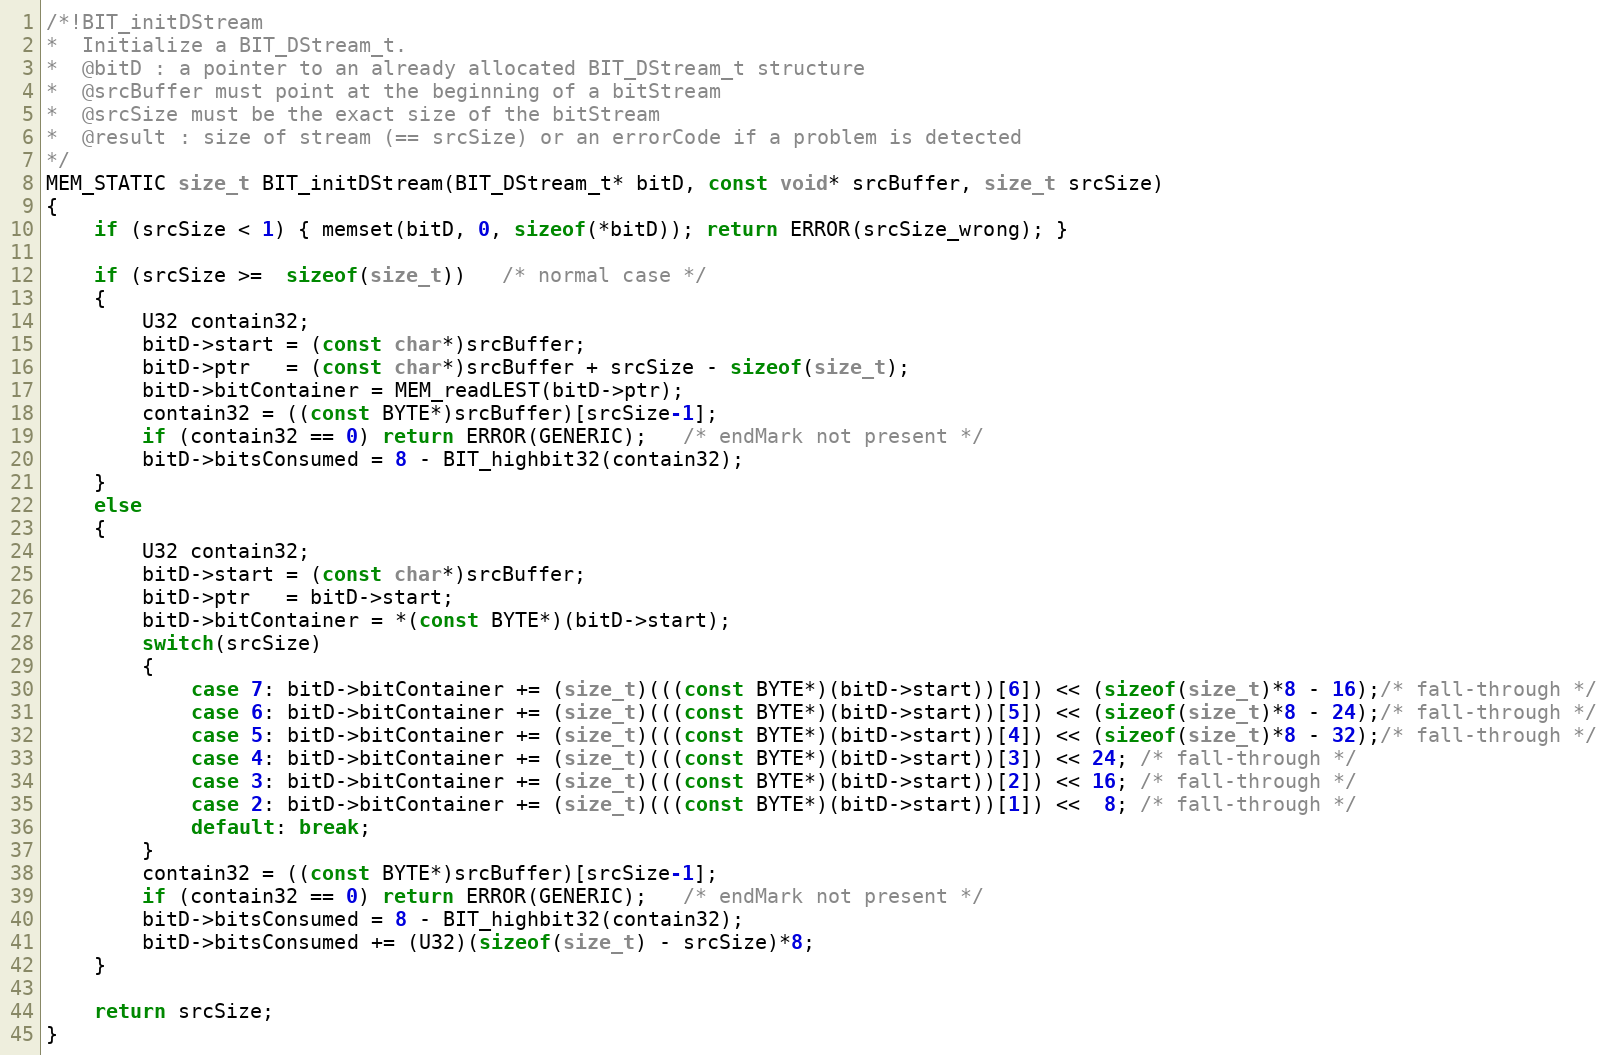
Language: C
/*!BIT_initDStream
*  Initialize a BIT_DStream_t.
*  @bitD : a pointer to an already allocated BIT_DStream_t structure
*  @srcBuffer must point at the beginning of a bitStream
*  @srcSize must be the exact size of the bitStream
*  @result : size of stream (== srcSize) or an errorCode if a problem is detected
*/
MEM_STATIC size_t BIT_initDStream(BIT_DStream_t* bitD, const void* srcBuffer, size_t srcSize)
{
    if (srcSize < 1) { memset(bitD, 0, sizeof(*bitD)); return ERROR(srcSize_wrong); }

    if (srcSize >=  sizeof(size_t))   /* normal case */
    {
        U32 contain32;
        bitD->start = (const char*)srcBuffer;
        bitD->ptr   = (const char*)srcBuffer + srcSize - sizeof(size_t);
        bitD->bitContainer = MEM_readLEST(bitD->ptr);
        contain32 = ((const BYTE*)srcBuffer)[srcSize-1];
        if (contain32 == 0) return ERROR(GENERIC);   /* endMark not present */
        bitD->bitsConsumed = 8 - BIT_highbit32(contain32);
    }
    else
    {
        U32 contain32;
        bitD->start = (const char*)srcBuffer;
        bitD->ptr   = bitD->start;
        bitD->bitContainer = *(const BYTE*)(bitD->start);
        switch(srcSize)
        {
            case 7: bitD->bitContainer += (size_t)(((const BYTE*)(bitD->start))[6]) << (sizeof(size_t)*8 - 16);/* fall-through */
            case 6: bitD->bitContainer += (size_t)(((const BYTE*)(bitD->start))[5]) << (sizeof(size_t)*8 - 24);/* fall-through */
            case 5: bitD->bitContainer += (size_t)(((const BYTE*)(bitD->start))[4]) << (sizeof(size_t)*8 - 32);/* fall-through */
            case 4: bitD->bitContainer += (size_t)(((const BYTE*)(bitD->start))[3]) << 24; /* fall-through */
            case 3: bitD->bitContainer += (size_t)(((const BYTE*)(bitD->start))[2]) << 16; /* fall-through */
            case 2: bitD->bitContainer += (size_t)(((const BYTE*)(bitD->start))[1]) <<  8; /* fall-through */
            default: break;
        }
        contain32 = ((const BYTE*)srcBuffer)[srcSize-1];
        if (contain32 == 0) return ERROR(GENERIC);   /* endMark not present */
        bitD->bitsConsumed = 8 - BIT_highbit32(contain32);
        bitD->bitsConsumed += (U32)(sizeof(size_t) - srcSize)*8;
    }

    return srcSize;
}